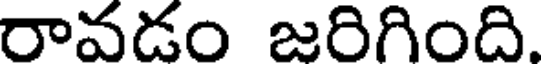
రావడం జరిగింది.